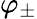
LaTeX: \varphi_{\pm}